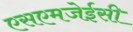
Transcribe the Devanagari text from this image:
एसएमजेईसी